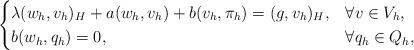
LaTeX: \begin{align*}\begin{cases}\lambda (w_h,v_h)_H + a(w_h,v_h) + b(v_h,\pi_h) = (g,v_h)_H, & \forall v \in V_h, \\b(w_h,q_h) = 0, & \forall q_h \in Q_h,\end{cases}\end{align*}